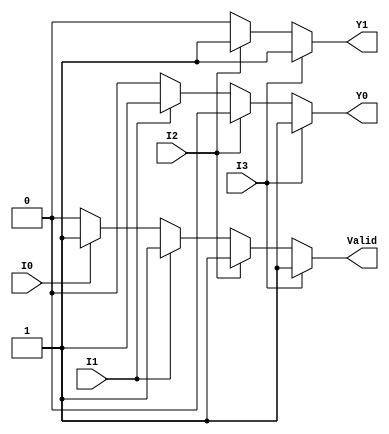
module priority_encoder_4to2 (
    input wire I0,  // Input 0
    input wire I1,  // Input 1
    input wire I2,  // Input 2
    input wire I3,  // Input 3
    output reg Y1,  // Most significant bit of the output
    output reg Y0,  // Least significant bit of the output
    output reg Valid // Indicates if any input is active
);

always @(*) begin
    // Default values
    Y1 = 0;
    Y0 = 0;
    Valid = 0;

    // Priority encoding logic
    if (I3) begin
        Y1 = 1;
        Y0 = 1;
        Valid = 1;
    end else if (I2) begin
        Y1 = 1;
        Y0 = 0;
        Valid = 1;
    end else if (I1) begin
        Y1 = 0;
        Y0 = 1;
        Valid = 1;
    end else if (I0) begin
        Y1 = 0;
        Y0 = 0;
        Valid = 1;
    end else begin
        Valid = 0; // No inputs are active
    end
end

endmodule